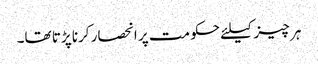
ہر چیز کیلئے حکومت پر انحصار کرنا پڑتا تھا۔